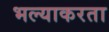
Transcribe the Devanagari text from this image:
भल्याकरता